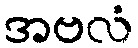
အဗလံ